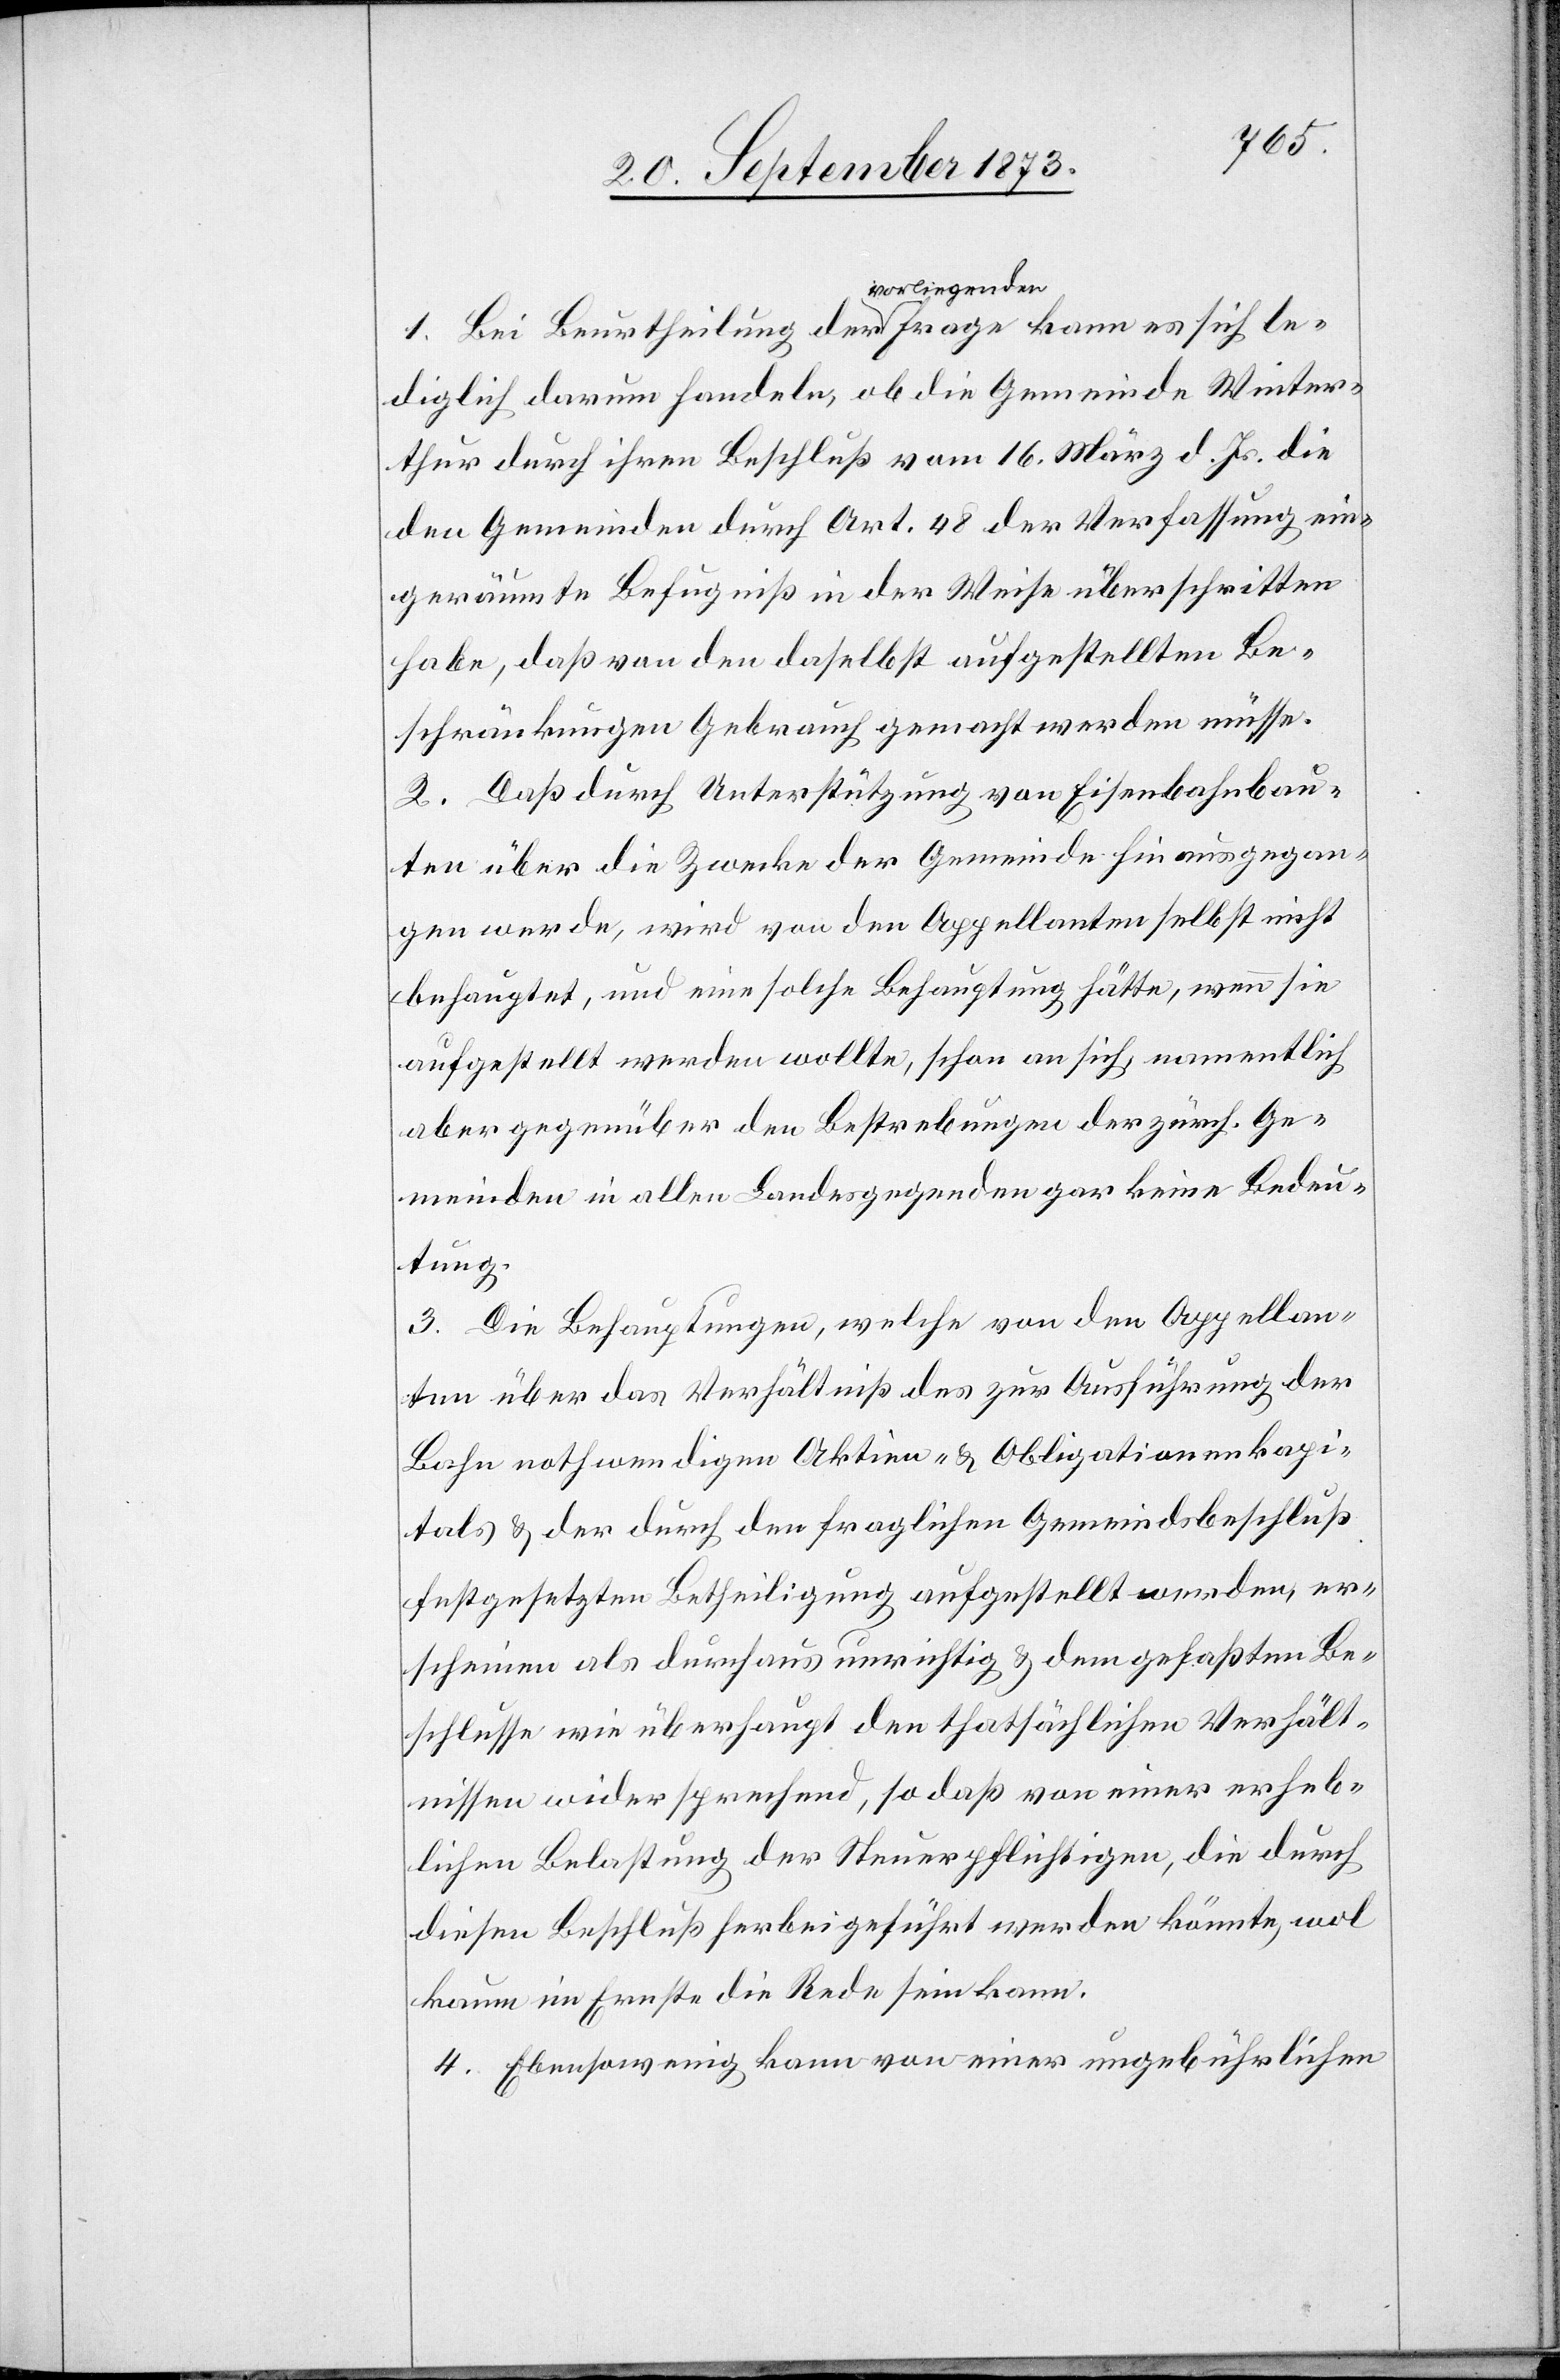
1. Bei Beurtheilung der vorliegenden Frage kann es sich le¬
diglich darum handeln, ob die Gemeinde Winter¬
thur durch ihren Beschluß vom 16. März d. Js. die
den Gemeinden durch Art. 48 der Verfassung ein¬
geräumte Befugniß in der Weise überschritten
habe, daß von den daselbst aufgestellten Be¬
schränkungen Gebrauch gemacht werden müsse.
2. Daß durch Unterstützung von Eisenbahnbau¬
ten über die Zwecke der Gemeinde hinausgegan¬
gen werde, wird von den Appellanten selbst nicht
behauptet, und eine solche Behauptung hätte, wenn sie
aufgestellt werden wollte, schon an sich, namentlich
aber gegenüber den Bestrebungen der zürch. Ge¬
meinden in allen Landesgegenden gar keine Bedeu¬
tung.
3. Die Behauptungen, welche von den Appellan¬
ten über das Verhältniß des zur Ausführung der
Bahn nothwendigen Aktien- & Obligationenkapi¬
tals & der durch den fraglichen Gemeindsbeschluß
festgesetzten Betheiligung aufgestellt werden, er¬
scheinen als durchaus unrichtig & dem gefaßten Be¬
schlusse wie überhaupt den thatsächlichen Verhält¬
nissen widersprechend, so daß von einer erheb¬
lichen Belastung der Steuerpflichtigen, die durch
diesen Beschluß herbeigeführt werden könnte, wol
kaum im Ernste die Rede sein kann.
4. Ebensowenig kann von einer ungebührlichen